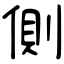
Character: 側